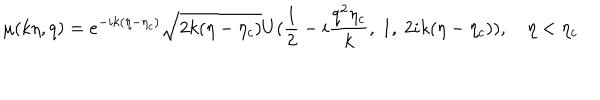
\mu ( k \eta , q ) = e ^ { - i k ( \eta - \eta _ { c } ) } \sqrt { 2 k ( \eta - \eta _ { c } ) } U ( \frac { 1 } { 2 } - i \frac { q ^ { 2 } \eta _ { c } } { k } , ~ 1 , ~ 2 i k ( \eta - \eta _ { c } ) ) , ~ \eta < \eta _ { c }